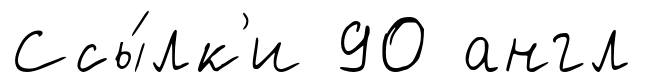
Ссы́лк'и 90 англ